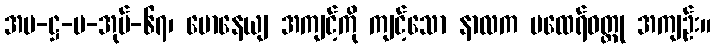
အပ-ဋ္ဌ-ပ-အုပ်-၆၇၊ မောနေယျ အကျင့်ကို ကျင့်သော နာလက မထေရ်ဝတ္ထု အကျဉ်း။